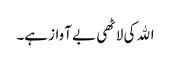
اﷲ کی لاٹھی بے آواز ہے۔